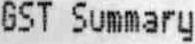
GST SUMMARY